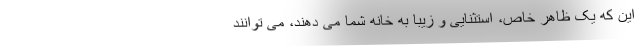
این که یک ظاهر خاص، استثنایی و زیبا به خانه شما می دهند، می توانند